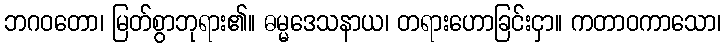
ဘဂဝတော၊ မြတ်စွာဘုရား၏။ ဓမ္မဒေသနာယ၊ တရားဟောခြင်းငှာ။ ကတာဝကာသော၊